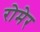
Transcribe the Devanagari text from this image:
रोमेर